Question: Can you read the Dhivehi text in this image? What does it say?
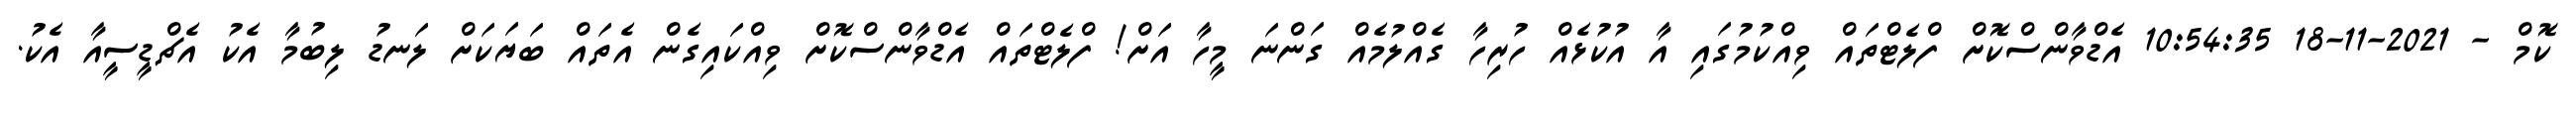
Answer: ކޮމް - 2021-11-18 10:54:35 އެޑްވާންސްކޮށް ފްލެޓްތައް ވިއްކުމުގައި އާ އުކުޅެއް ހުރިހާ ގެއްލުމެއް ގަންނަ މީހާ އަށް! ފްލެޓްތައް އެޑްވާންސްކޮށް ވިއްކައިގެން އެތައް ބަޔަކަށް ލަނޑު ލިބުމާ އެކު އެޗްޑީސީއާ އެކު.